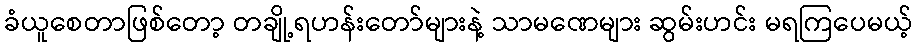
ခံယူစေတာဖြစ်တော့ တချို့ရဟန်းတော်များနဲ့ သာမဏေများ ဆွမ်းဟင်း မရကြပေမယ့်